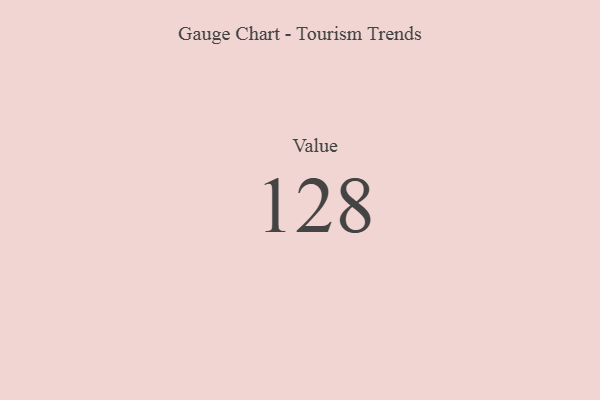
{"axis": {"x": "Metric", "y": "Value"}, "legend": [""], "data": [{"x": "Value", "y": 128, "type": ""}]}